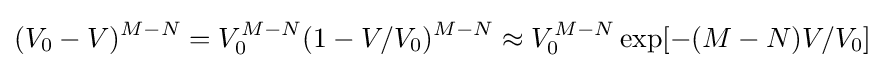
(V_{0}-V)^{M-N}=V_{0}^{M-N}(1-V/V_{0})^{M-N}\approx V_{0}^{M-N}\exp[-(M-N)V/V_{0}]